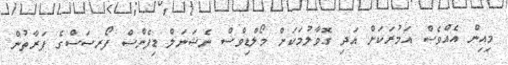
މިއިން އެއްވެސް އަމުރަކަށް އަދި ގޮވާލުމަކަށް މޯލްޑިވްސް ނެޝަނަލް ޑިފެންސް ފޯރސަސްގެ ފަރާތުން